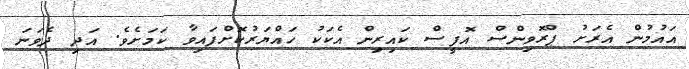
އައުމުން އެރަށު ޕްރޮވިންސް އޮފީސް ކައިރިން އެކަކު ހައްޔަރުކޮށްފައިވާ ކަމަށެވެ. އަދި ދެވަނަ